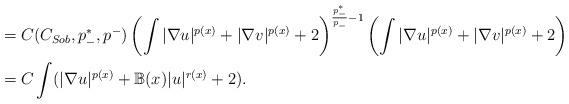
LaTeX: \begin{align*}&= C(C_{Sob}, p^*_-, p^-) \left( \int |\nabla u|^{p(x)} + |\nabla v|^{p(x)} + 2 \right)^{\frac{p^*_-}{p_-}- 1} \left( \int |\nabla u|^{p(x)} + |\nabla v|^{p(x)} + 2 \right) \\&= C \int (|\nabla u|^{p(x)} + \mathbb{B}(x)|u|^{r(x)} + 2).\end{align*}